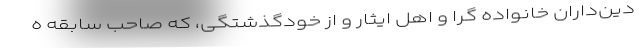
دین‌داران خانواده گرا و اهل ایثار و از خودگذشتگی، که صاحب سابقه ه